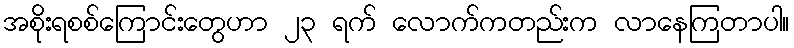
အစိုးရစစ်ကြောင်းတွေဟာ ၂၃ ရက် လောက်ကတည်းက လာနေကြတာပါ။